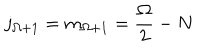
j _ { \Omega + 1 } = m _ { \Omega + 1 } = \frac { \Omega } { 2 } - N